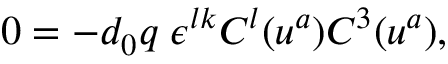
0 = - d _ { 0 } q \; \epsilon ^ { l k } C ^ { l } ( u ^ { a } ) C ^ { 3 } ( u ^ { a } ) ,